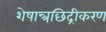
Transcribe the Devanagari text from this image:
शेषान्त्रछिद्रीकरण